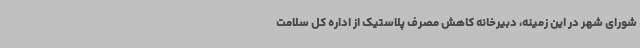
شورای شهر در این زمینه، دبیرخانه کاهش مصرف پلاستیک از اداره کل سلامت